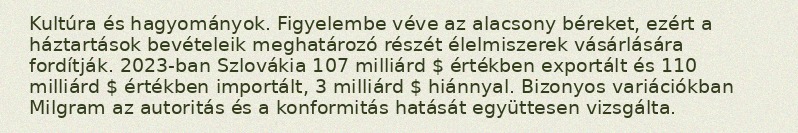
Kultúra és hagyományok. Figyelembe véve az alacsony béreket, ezért a háztartások bevételeik meghatározó részét élelmiszerek vásárlására fordítják. 2023-ban Szlovákia 107 milliárd $ értékben exportált és 110 milliárd $ értékben importált, 3 milliárd $ hiánnyal. Bizonyos variációkban Milgram az autoritás és a konformitás hatását együttesen vizsgálta.